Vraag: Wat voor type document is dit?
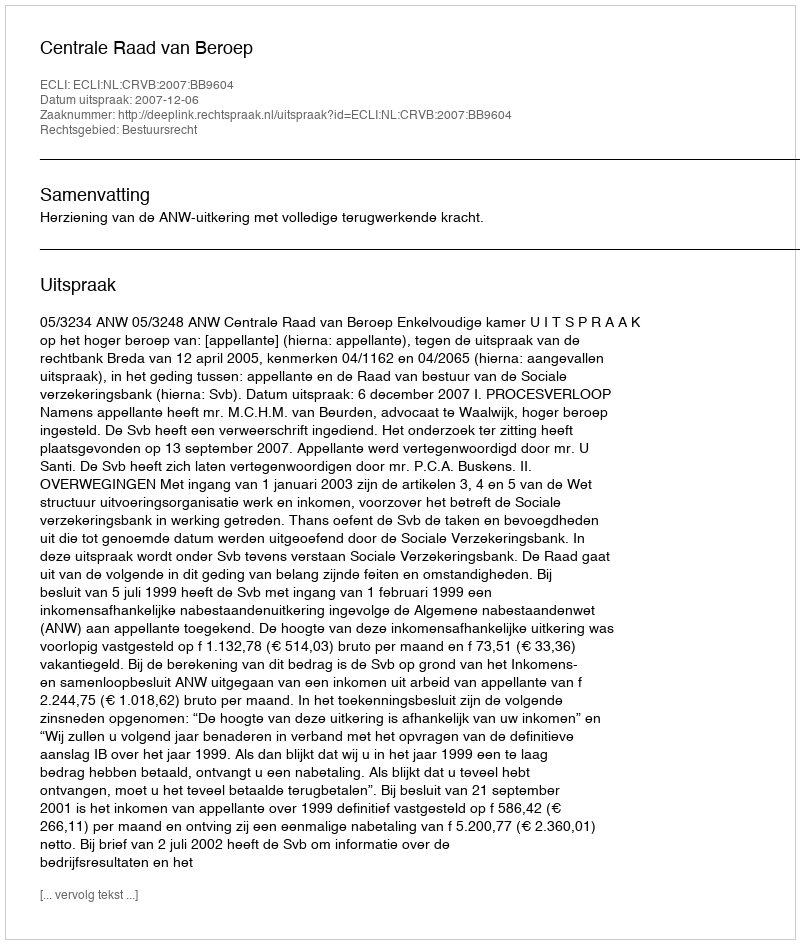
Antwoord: Uitspraak